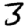
Digit: 3